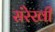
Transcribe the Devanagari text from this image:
संरेखी